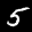
Label: 5